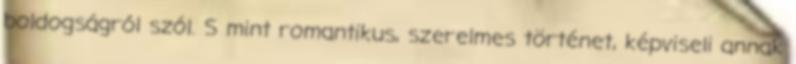
boldogságról szól. S mint romantikus, szerelmes történet, képviseli annak